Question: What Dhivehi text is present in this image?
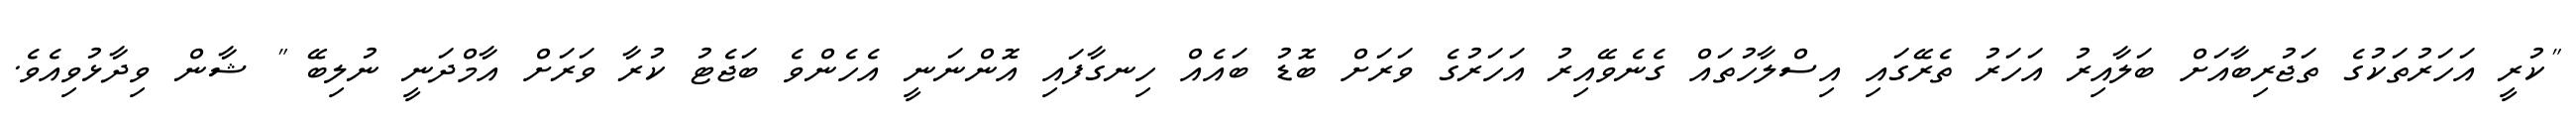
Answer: "ކުރީ އަހަރުތަކުގެ ތަޖުރިބާއަށް ބަލާއިރު އަހަރު ތެރޭގައި އިސްލާހުތައް ގެނެވޭއިރު އަހަރުގެ ވަރަށް ބޮޑު ބައެއް ހިނގާފައި އޮންނަނީ އެހެންވެ ބަޖެޓު ކުރާ ވަރަށް އާމްދަނީ ނުލިބޭ " ޝާން ވިދާޅުވިއެވެ.